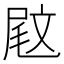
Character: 𡲈